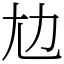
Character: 𡯄